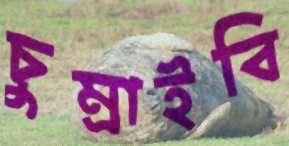
চুম্‌রাইবি